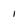
Character: 1